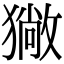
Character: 𤢄